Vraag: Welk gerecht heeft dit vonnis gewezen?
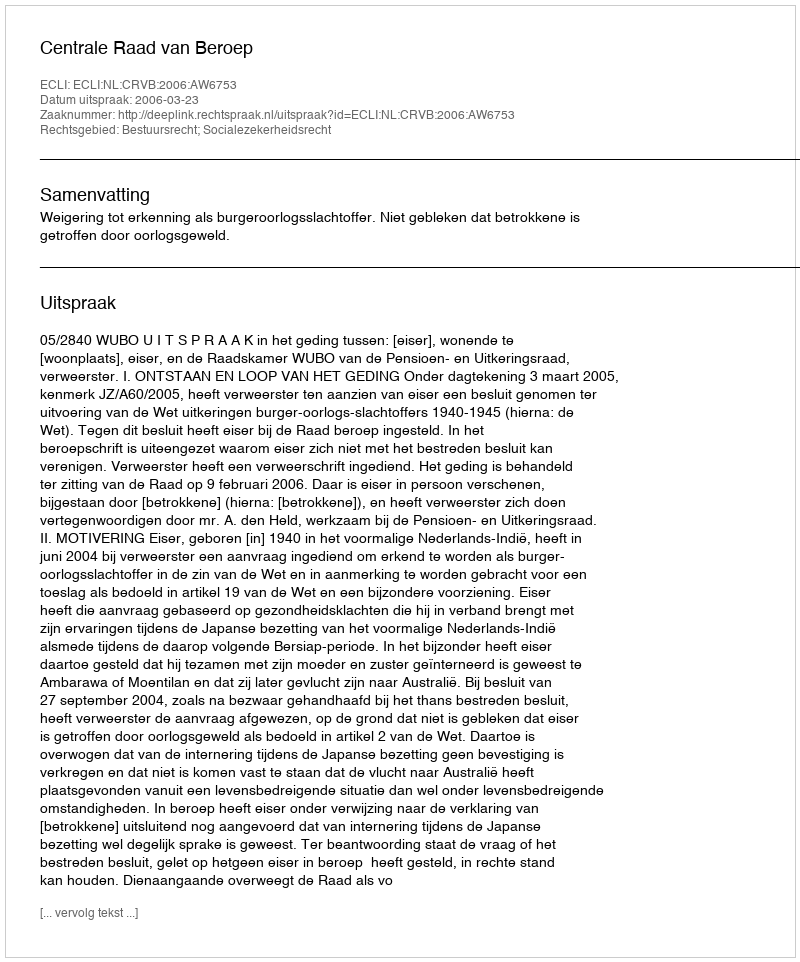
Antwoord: Centrale Raad van Beroep